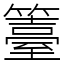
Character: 籉